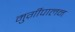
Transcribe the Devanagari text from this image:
मुर्ग़ीपालन